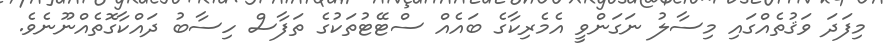
މިފަދަ ވަޤުތެއްގައި މިސާލު ނަގަންވީ އެމެރިކާގެ ބައެއް ސްޓޭޓުތަކުގެ ތަފާސް ހިސާބު ދައްކާގޮތެއްނޫނެވެ.